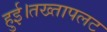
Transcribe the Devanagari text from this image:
हुई।तख्तापलट